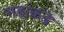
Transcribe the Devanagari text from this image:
गडांकडे